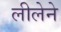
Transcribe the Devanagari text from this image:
लीलेने